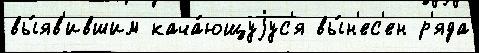
вы́яв'ившим кача́ющуjус'я вы́н'ес'ен р'яда